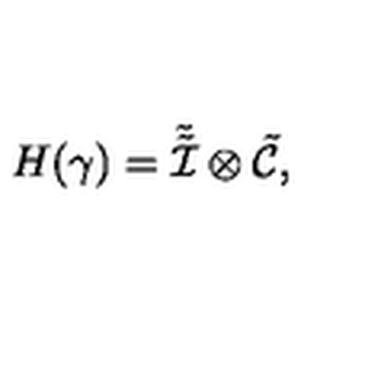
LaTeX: H ( \gamma ) = \tilde { \tilde { { \cal I } } } \otimes \tilde { { \cal C } } ,